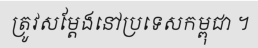
ត្រូវសម្តែងនៅប្រទេសកម្ពុជា ។